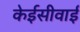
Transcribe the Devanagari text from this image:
केईसीवाई